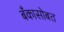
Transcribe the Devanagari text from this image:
बँकासोबत